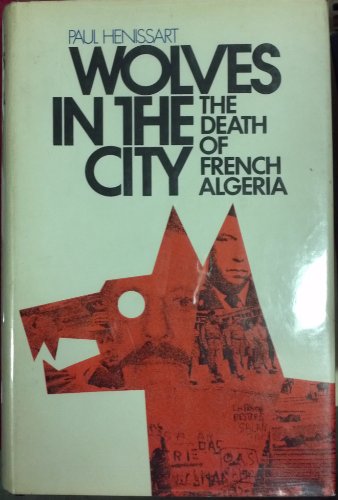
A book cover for Wolves in the City: The Death of French Algeria; Paul Henissart; History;